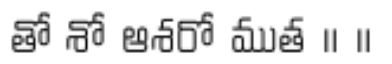
తో శో ఆశరో ముత ॥ ॥